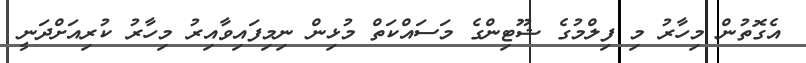
އެގޮތުން މިހާރު މި ފިލްމުގެ ޝޫޓިންގެ މަސައްކަތް މުޅިން ނިމިފައިވާއިރު މިހާރު ކުރިއަށްދަނީ